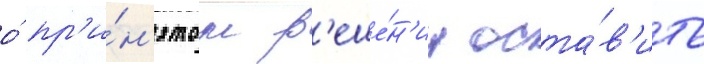
о́ пр'и́н'ятом р'еше́н'ии оста́в'ить